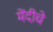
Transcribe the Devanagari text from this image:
मेंदीचे